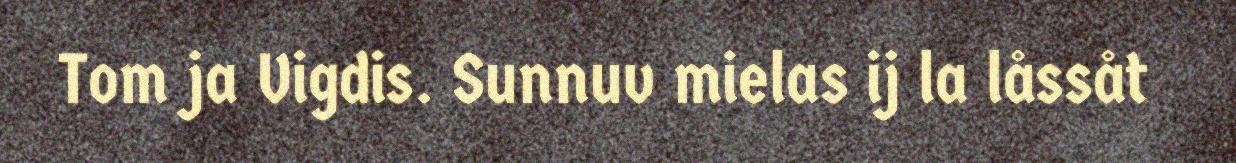
Tom ja Vigdis. Sunnuv mielas ij la låssåt